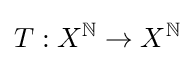
T:X^{\mathbb {N} }\to X^{\mathbb {N} }